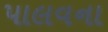
પાલવના